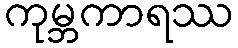
ကုမ္ဘကာရဿ